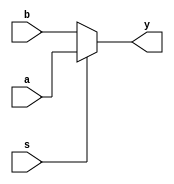
`timescale 1ns / 1ps
//////////////////////////////////////////////////////////////////////////////////
// Company: 
// Engineer: 
// 
// Design Name: 
// Module Name: mux_2x1
// Project Name: 
// Target Devices: 
// Tool Versions: 
// Description: 
// 
// Dependencies: 
// 
// Revision:
// Revision 0.01 - File Created
// Additional Comments:
// 
//////////////////////////////////////////////////////////////////////////////////


module mux_2x1 #(parameter N=2)(a,b,s,y);

input [N-1:0]a,b;
input s;
output [N-1:0]y;

assign y =(s)?a:b;

endmodule